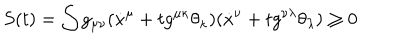
LaTeX: S ( t ) = \int g _ { \mu \nu } ( \dot { x } ^ { \mu } + t g ^ { \mu \kappa } \theta _ { \kappa } ) ( \dot { x } ^ { \nu } + t g ^ { \nu \lambda } \theta _ { \lambda } ) \geq 0